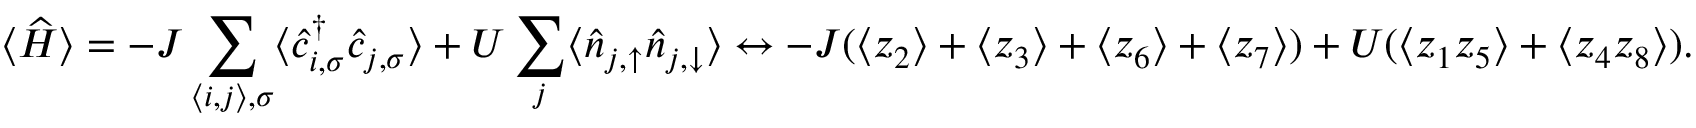
\langle \widehat { H } \rangle = - J \sum _ { { \left\langle i , j \right\rangle } , \sigma } \langle \hat { c } _ { { i } , \sigma } ^ { \dagger } \hat { c } _ { { j } , \sigma } \rangle + U \sum _ { { j } } \langle \hat { n } _ { { j } , \uparrow } \hat { n } _ { { j } , \downarrow } \rangle \leftrightarrow - J ( \langle z _ { 2 } \rangle + \langle z _ { 3 } \rangle + \langle z _ { 6 } \rangle + \langle z _ { 7 } \rangle ) + U ( \langle z _ { 1 } z _ { 5 } \rangle + \langle z _ { 4 } z _ { 8 } \rangle ) .